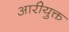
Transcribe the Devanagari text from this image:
आरीयुक्त